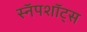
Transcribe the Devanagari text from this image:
स्नॅपशॉट्स